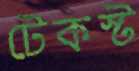
টেকস্ট